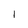
Character: l